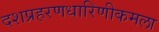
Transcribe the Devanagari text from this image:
दशप्रहरणधारिणीकमला